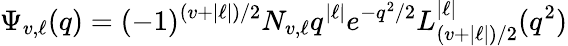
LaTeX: \Psi_{v,\ell}(q)=(-1)^{(v+|\ell|)/2}N_{v,\ell}q^{|\ell|}e^{-q^{2}/2}L_{(v+|\ell|)/2}^{|\ell|}(q^{2})